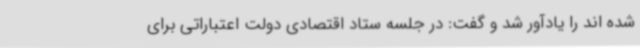
شده اند را یادآور شد و گفت: در جلسه ستاد اقتصادی دولت اعتباراتی برای